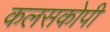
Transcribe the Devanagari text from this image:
कलसकोपी